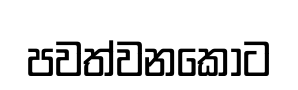
පවත්වනකොට